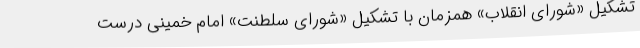
تشکیل «شورای انقلاب» همزمان با تشکیل «شورای سلطنت» امام‌ خمینی‌ درست‌